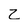
Character: Z